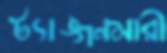
ট্যাঙ্গনমারী